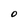
Character: O